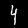
Digit: 4